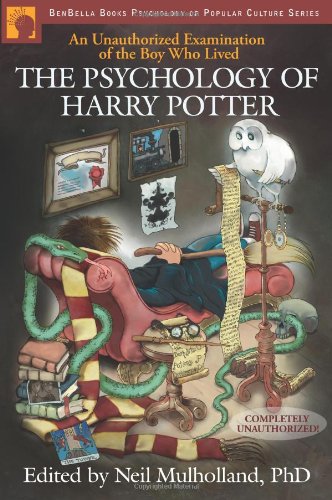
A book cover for The Psychology of Harry Potter: An Unauthorized Examination Of The Boy Who Lived (Psychology of Popular Culture); Science Fiction & Fantasy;